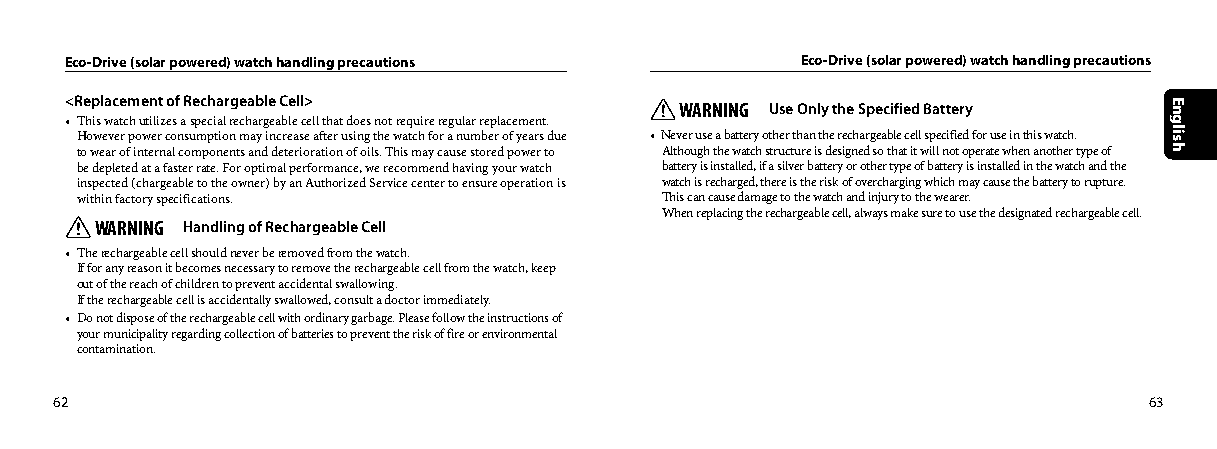
Eco-Drive (solar powered) watch handling precautions Eco-Drive (solar powered) watch handling precautions
 <Replacement of Rechargeable Cell>       WARNING Use Only the Specified Battery
 • This watch utilizes a special rechargeable cell that does not require regular replacement.
 However power consumption may increase after using the watch for a number of years due • Never use a battery other than the rechargeable cell specified for use in this watch.
 to wear of internal components and deterioration of oils. This may cause stored power to Although the watch structure is designed so that it will not operate when another type of
 be depleted at a faster rate. For optimal performance, we recommend having your watch battery is installed, if a silver battery or other type of battery is installed in the watch and the
 inspected (chargeable to the owner) by an Authorized Service center to ensure operation is watch is recharged, there is the risk of overcharging which may cause the battery to rupture.
 within factory specifications.         This can cause damage to the watch and injury to the wearer.
 When replacing the rechargeable cell, always make sure to use the designated rechargeable cell.
 WARNING Handling of Rechargeable Cell
 • The rechargeable cell should never be removed from the watch.
 If for any reason it becomes necessary to remove the rechargeable cell from the watch, keep
 out of the reach of children to prevent accidental swallowing.
 If the rechargeable cell is accidentally swallowed, consult a doctor immediately.
 • Do not dispose of the rechargeable cell with ordinary garbage. Please follow the instructions of
 your municipality regarding collection of batteries to prevent the risk of fire or environmental
 contamination.
 62                                                                      63
 English